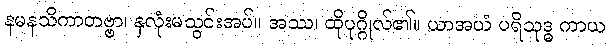
နမနသိကာတဗ္ဗာ၊ နှလုံးမသွင်းအပ်။ အဿ၊ ထိုပုဂ္ဂိုလ်၏။ ယာအယံ ပရိသုဒ္ဓ ကာယ